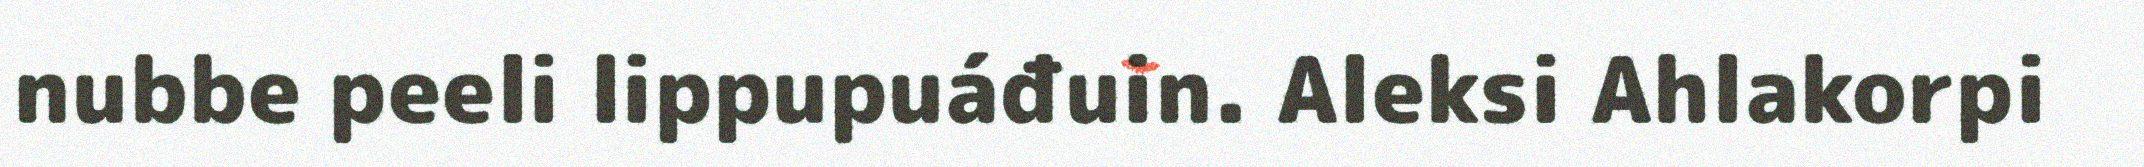
nubbe peeli lippupuáđuin. Aleksi Ahlakorpi